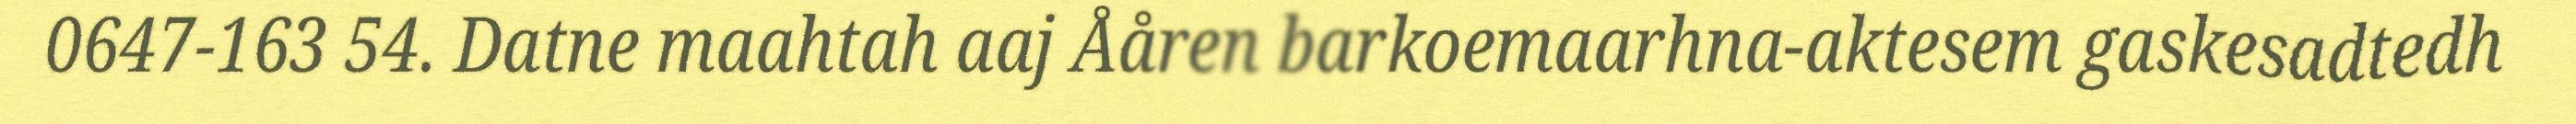
0647-163 54. Datne maahtah aaj Ååren barkoemaarhna-aktesem gaskesadtedh